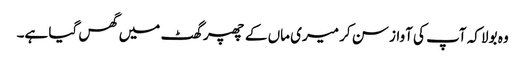
وہ بولا کہ آپ کی آواز سن کر میری ماں کے چھپر گھٹ میں گھس گیا ہے۔